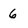
Character: 6